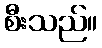
စီးသည်။